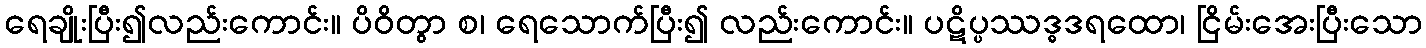
ရေချိုးပြီး၍လည်းကောင်း။ ပိဝိတွာ စ၊ ရေသောက်ပြီး၍ လည်းကောင်း။ ပဋိပ္ပဿဒ္ဓဒရထော၊ ငြိမ်းအေးပြီးသော